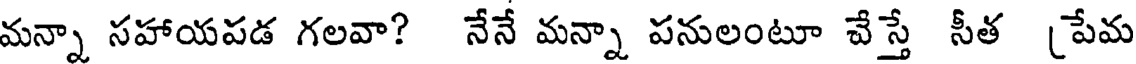
మన్నా సహాయపడ గలవా? నేనే మన్నా పనులంటూ వేస్తే సీత (పేమ